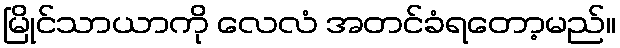
မြိုင်သာယာကို လေလံ အတင်ခံရတော့မည်။